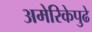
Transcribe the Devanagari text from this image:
अमेरिकेपुढे